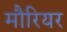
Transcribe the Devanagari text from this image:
मौरियर